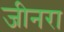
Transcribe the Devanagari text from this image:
जीनरा